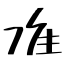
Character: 准